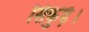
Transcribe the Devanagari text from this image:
सिकुड़े।